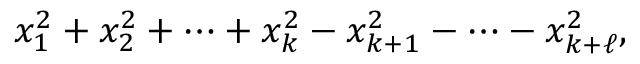
x _ { 1 } ^ { 2 } + x _ { 2 } ^ { 2 } + \cdots + x _ { k } ^ { 2 } - x _ { k + 1 } ^ { 2 } - \cdots - x _ { k + \ell } ^ { 2 } ,